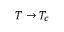
T \to T _ { c }